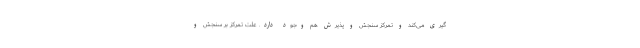
گیری می‌کند و تمرکز سنجش و پذیرش هم وجود دارد. علت تمرکز بر سنجش و